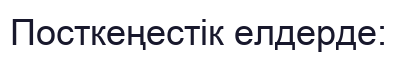
Посткеңестік елдерде: